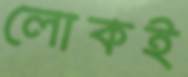
লোকই